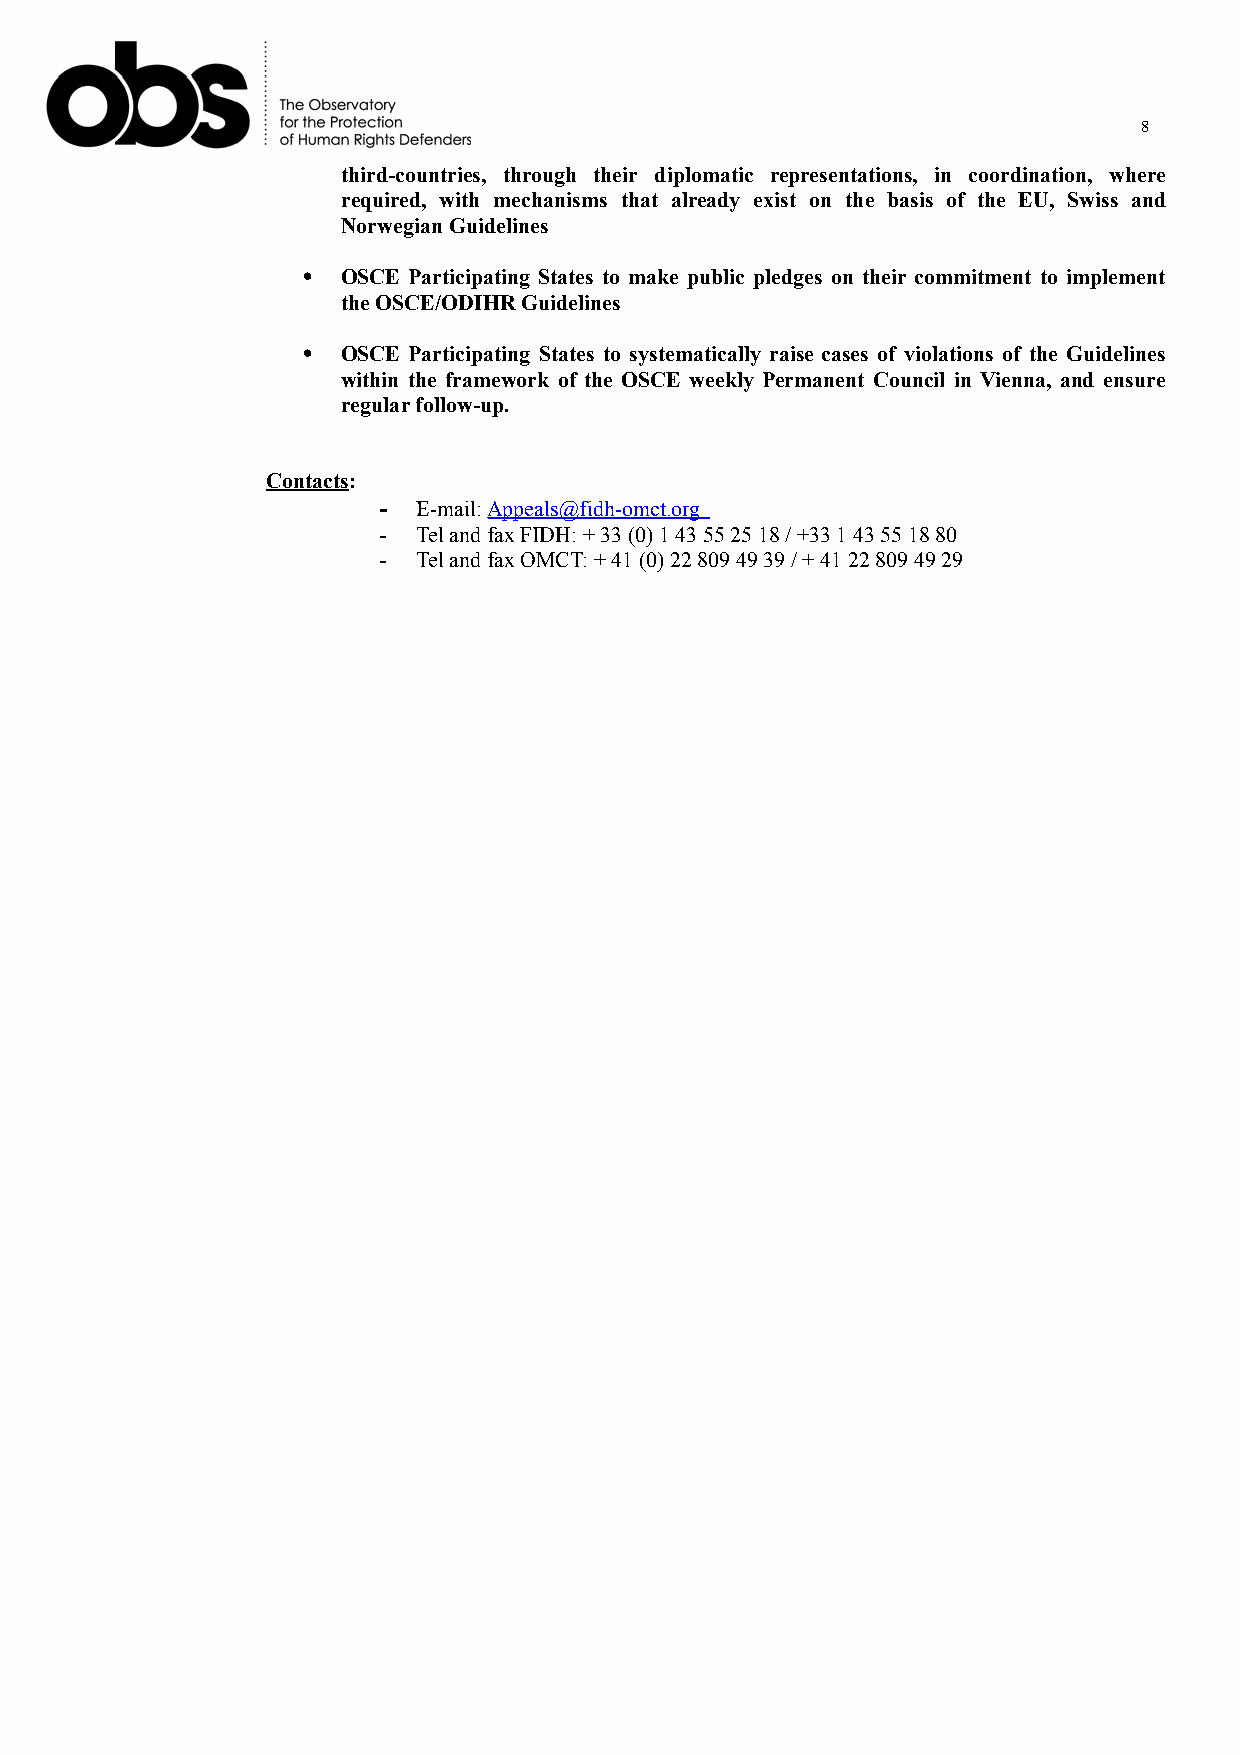
8
 third-countries, through their diplomatic representations, in coordination, where
 required, with mechanisms that already exist on the basis of the EU, Swiss and
 Norwegian Guidelines
   OSCE Participating States to make public pledges on their commitment to implement
 the OSCE/ODIHR Guidelines
   OSCE Participating States to systematically raise cases of violations of the Guidelines
 within the framework of the OSCE weekly Permanent Council in Vienna, and ensure
 regular follow-up.
 Contacts:
 -  E-mail: Appeals@fidh-omct.org
 -  Tel and fax FIDH: + 33 (0) 1 43 55 25 18 / +33 1 43 55 18 80
 -  Tel and fax OMCT: + 41 (0) 22 809 49 39 / + 41 22 809 49 29